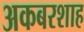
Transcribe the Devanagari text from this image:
अकबरशाह